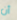
أن